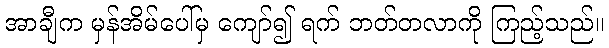
အာချီက မှန်အိမ်ပေါ်မှ ကျော်၍ ရက် ဘတ်တလာကို ကြည့်သည်။